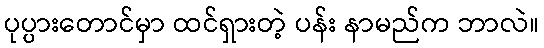
ပုပ္ပားတောင်မှာ ထင်ရှားတဲ့ ပန်း နာမည်က ဘာလဲ။